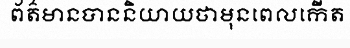
ព័ត៌មានបាននិយាយថាមុនពេលកើត